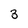
Character: 3